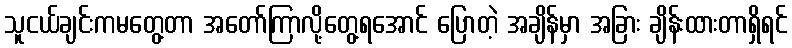
သူငယ်ချင်းကမတွေ့တာ အတော်ကြာလို့တွေ့ရအောင် ပြောတဲ့ အချိန်မှာ အခြား ချိန်းထားတာရှိရင်